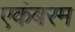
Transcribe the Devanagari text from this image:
एकंबरम